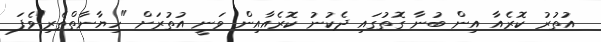
އުތުރު ކޮރެއާ އިން ބުނާ ގޮތުގައި ދެކުނު ކޮރެއާއިން ވަނީ އުތުރަށް "ހިޔާނާތްތެރި"ވެފަ